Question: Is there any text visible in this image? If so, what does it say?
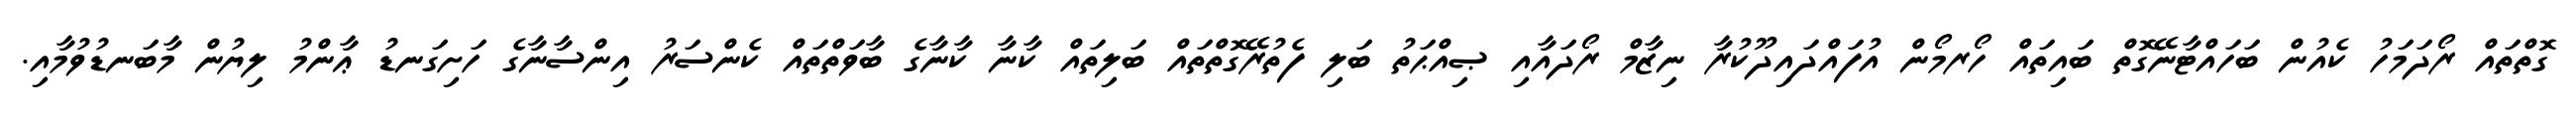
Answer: ގޮތްތައް ރޯދަމަހު ކެއުން ބަހައްޓާނޭގޮތް ބައިތައް ހޯރމޯން އުފައްދައިދޫކުރާ ނިޒާމް ރޯދައާއި ޞިއްޙަތު ބަލި ފެތުރޭގޮތްތައް ބަލިތައް ކާނާ ކާނާގެ ބާވަތްތައް ކެންސަރު އިންސާނާގެ ހަށިގަނޑު ޢާންމު ލިޔުން މާބަނޑުވުމާއި.